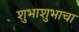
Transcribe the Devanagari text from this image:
शुभाशुभाचा